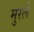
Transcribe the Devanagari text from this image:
मुरले